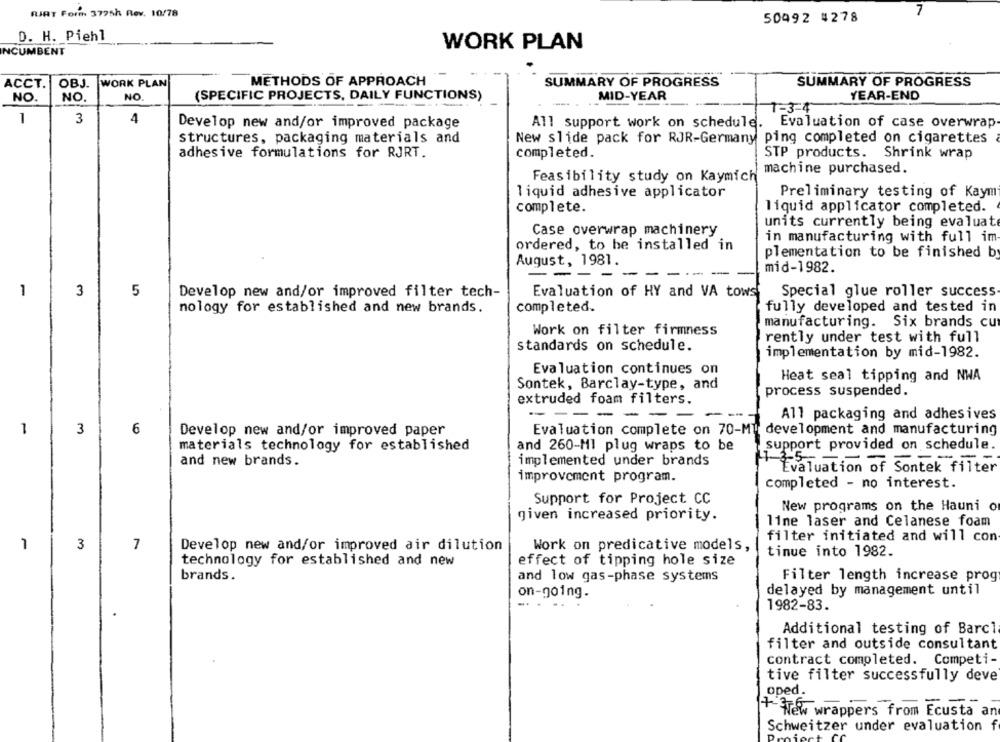
RIAT Form 3795h Rev. 10/78
7
50492 4278
D. H. Piehl
WORK PLAN
INCUMBENT
METHODS OF APPROACH
ACCT.
OBJ.
WORK PLAN
SUMMARY OF PROGRESS
SUMMARY OF PROGRESS
NO.
NO.
NO.
(SPECIFIC PROJECTS, DAILY FUNCTIONS)
MID-YEAR
YEAR-END
3-4
1
3
4
Develop new and/or improved package
All support work on schedule. Evaluation of case overwrap
structures, packaging materials and
New slide pack for RJR-Germany ping completed on cigarettes
adhesive formulations for RJRT.
completed.
STP products. Shrink wrap
machine purchased.
Feasibility study on Kaymich
liquid adhesive applicator
Preliminary testing of Kaym
liquid applicator completed.
complete.
units currently being evaluate
Case overwrap machinery
in manufacturing with full im-
ordered, to be installed in
plementation to be finished by
August, 1981.
-- -
--
-----
mid-1982.
1
3
5
Develop new and/or improved filter tech-
Evaluation of HY and VA tows Special glue roller success
nology for established and new brands.
completed.
fully developed and tested in
manufacturing. Six brands cu
Work on filter firmness
rently under test with full
standards on schedule.
implementation by mid-1982.
Evaluation continues on
Heat seal tipping and NWA
Sontek, Barclay-type, and
process suspended.
extruded foam filters.
All packaging and adhesives
1
3
6
Develop new and/or improved paper
Evaluation complete on 70-MT development and manufacturing
support provided on schedule
materials technology for established
and 260-Ml plug wraps to be
4-3-5-
and new brands.
implemented under brands
Evaluation of Sontek filter
improvement program.
completed - no interest.
Support for Project CC
New programs on the Hauni o
given increased priority.
11ne laser and Celanese foam
filter initiated and will con
1
3
7
Develop new and/or improved air dilution
Work on predicative models,
tinue into 1982.
technology for established and new
effect of tipping hole size
brands.
and low gas-phase systems
Filter length increase prog
delayed by management until
on-going.
1982-83.
Additional testing of Barcl
filter and outside consultant
contract completed. Competi-
tive filter successfully deve
oped.
+ Few wrappers from Ecusta an
Schweitzer under evaluation f